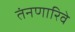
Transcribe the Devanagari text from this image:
तंनणारिवे